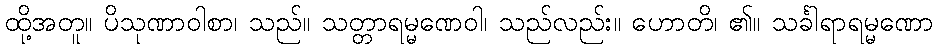
ထို့အတူ။ ပိသုဏာဝါစာ၊ သည်။ သတ္တာရမ္မဏေဝါ၊ သည်လည်း။ ဟောတိ၊ ၏။ သင်္ခါရာရမ္မဏော